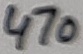
Text: 470